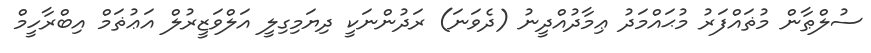
ސުލްޠާން މުޡައްފަރު މުޙައްމަދު ޢިމާދުއްދީނު (ދެވަނަ) ރަދުންނަކީ ދިޔަމިގިލީ އަލްވަޒީރުލް އަޢުޡަމް އިބްރާހީމް